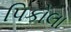
પિકોલા